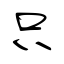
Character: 只